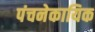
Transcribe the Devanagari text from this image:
पंचनेकायिक